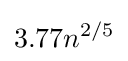
3.77n^{2/5}